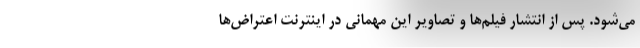
می‌شود. پس از انتشار فیلم‌ها و تصاویر این مهمانی در اینترنت اعتراض‌ها